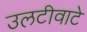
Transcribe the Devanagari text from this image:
उलटीवाटे